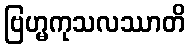
ဗြဟ္မကုသလဿာတိ